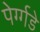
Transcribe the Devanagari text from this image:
पेर्ग्गडे